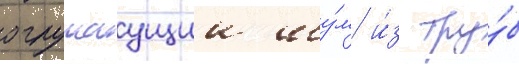
оглушаущии шу́м и́з тру́б